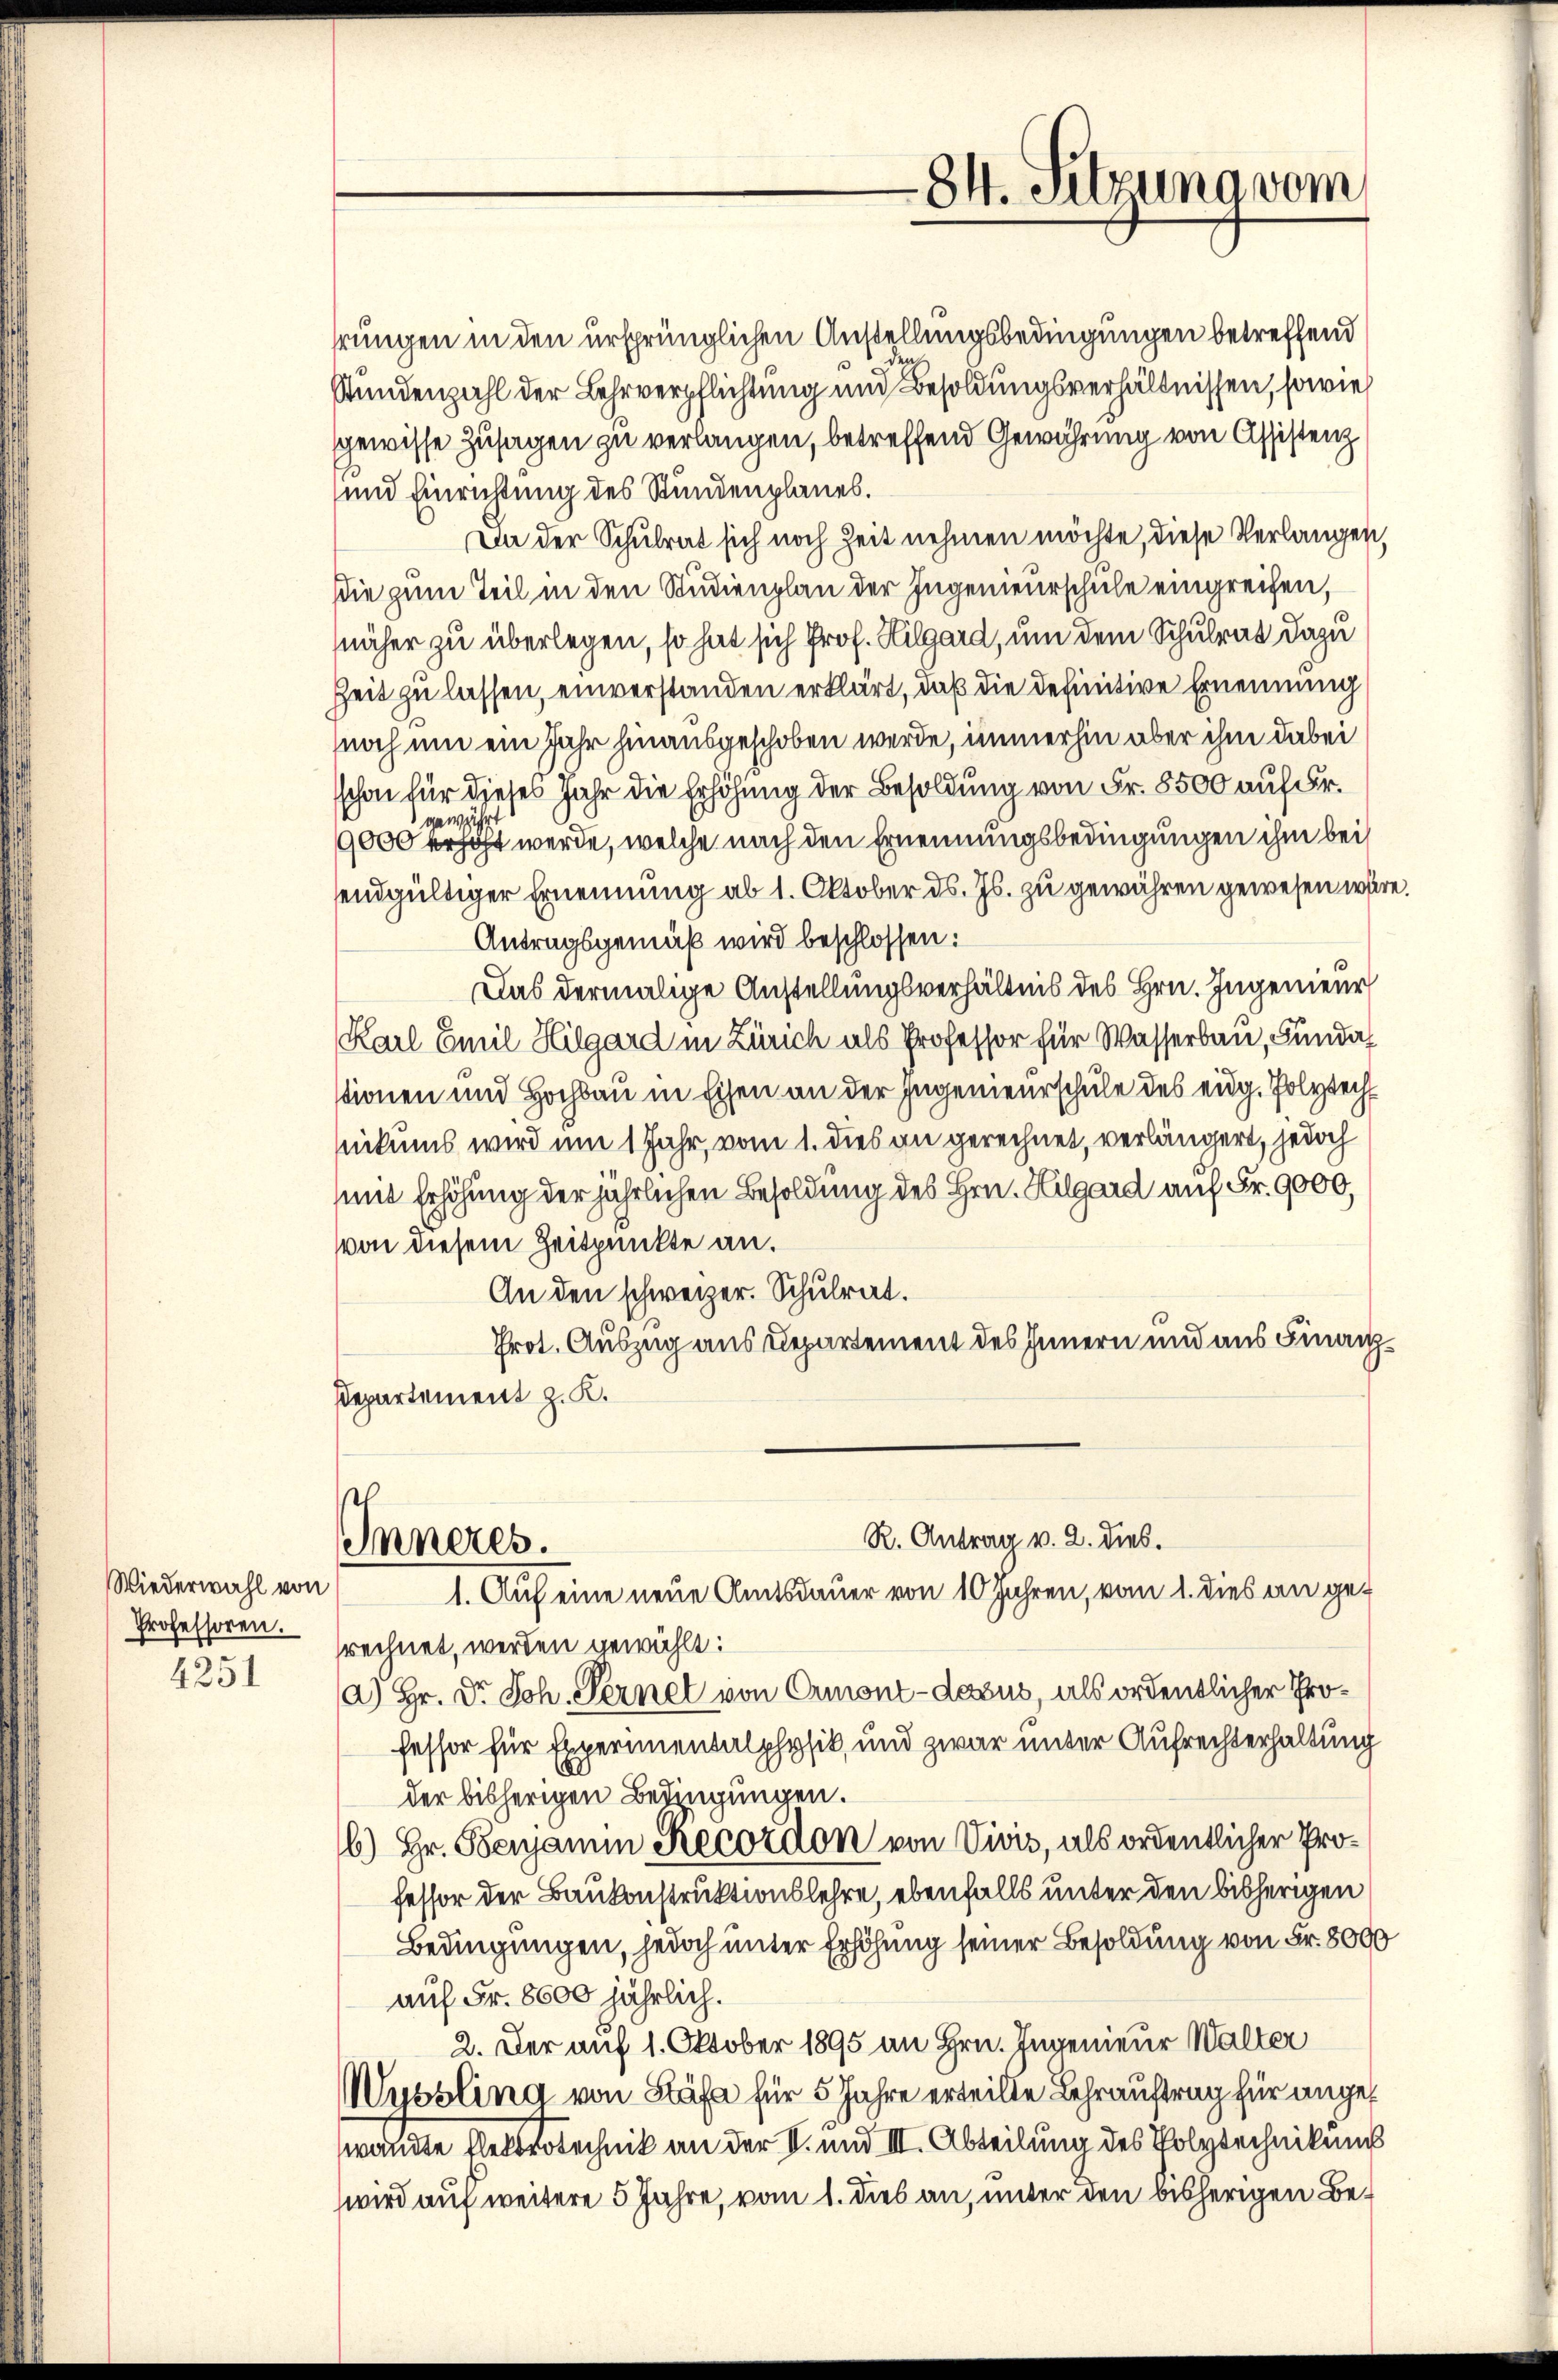
Wiederwahl von
Professoren.
4251

rrungen in den ursprünglichen Anstellungsbedingungen betreffend
Stundenzahl der Lehrverpflichtung und Besoldungsverhältnissen, sowie
gewisse Zusagen zu verlangen, betreffend Gewährung von Assistenz
und Einrichtung des Stundenplanes.
Da der Schulrat sich noch Zeit nehmen möchte, diese Verlangen,
Die zum Teil in den Studienplan der Ingenieurschule eingreifen,
näher zu überlegen, so hat sich Prof. Hilgard, um dem Schulrat dazu
Zeit zu lassen, einverstanden erklärt, daß die definitive Ernennung
noch um ein Jahr hinausgeschoben werde, immerhin aber ihm dabei
schon für dieses Jahr die Erhöhung der Besoldung von Fr. 8500 auf Fr.
9000 Fr. werde, welche nach den Ernennungsbedingungen ihm bei
endgültiger Ernennung ab 1. Oktober ds. Js. zu gewähren gewesen wär
Antragsgemäß wird beschlossen:
Das dermalige Anstellungsverhältnis des Hrn. Ingenieur
Karl Emil Hilgard in Zürich als Professor für Wasserbau, Funda
stionen und Hochbau in Eisen an der Ingenieurschule des eidg. Polytech
hnikums wird um 1 Jahr, vom 1. dies an gerechnet, verlängert, jedoch
sene Erhöhung der jährlichen Besoldung des Hrn. Hilgard auf Fr. 9000,
von diesem Zeitpunkte an.
An den schweizer. Schulrat.
Prot. Auszug aus Departement des Innern und aus Finanz¬
Departement z. K.
R. Antrag v. 2. dies.
Inneres.
1. Auf eine neue Amtsdauer von 10 Jahren, vom 1. dies an gerechnet, werden gewählt:
a) Hr. Dr. Joh. Fernel von Ormont-dasus, als ordentlicher Professor für Experimentalphysik, und zwar unter Aufrechterhaltung
der bisherigen Bedingungen.
b) Hr. Sensamem Recordon von Vivis, als ordentlicher Professor der Baukonstruktionslehre, ebenfalls unter den bisherigen
Bedingungen, jedoch unter Erhöhung seiner Besoldung von Fr. 8000
auf Fr. 8600 jährlich.
2. Der auf 1. Oktober 1895 an Hrn. Ingenieur Walter
Wusslina von Stäfa für 5 Jahre erteilte Lehrauftrag für angef
wandte Gletserrechnik an der V. und III. Abteilung des Polytechnikung
wird auf weitere 5 Jahre, vom 1. dies an, unter den bisherigen Be¬

84. Sitzuna vom